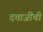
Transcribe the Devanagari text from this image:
दत्ताजींची